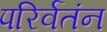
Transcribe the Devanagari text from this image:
परिर्वतंन